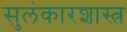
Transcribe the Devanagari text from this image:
सुलंकारशास्त्र